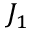
J _ { 1 }